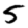
Digit: 5